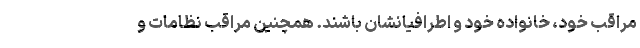
مراقب خود، خانواده خود و اطرافیانشان باشند. همچنین مراقب نظامات و